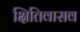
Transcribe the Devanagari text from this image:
क्षितिवासव